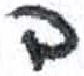
אות: ב